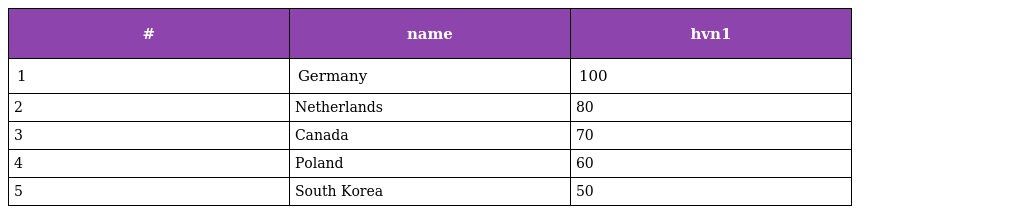
| # | name | hvn1 |
 | --- | --- | --- |
 | 1 | Germany | 100 |
 | 2 | Netherlands | 80 |
 | 3 | Canada | 70 |
 | 4 | Poland | 60 |
 | 5 | South Korea | 50 |